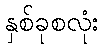
နှစ်ခုစလုံး